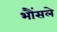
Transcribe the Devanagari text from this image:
भौंसले